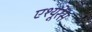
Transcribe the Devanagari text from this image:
एश्यूरेंस